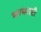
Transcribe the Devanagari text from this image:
भरभराटी